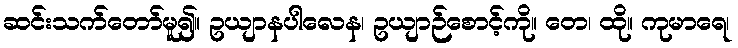
ဆင်းသက်တော်မူ၍။ ဥယျာနပါလေန၊ ဥယျာဉ်စောင့်ကို။ တေ၊ ထို။ ကုမာရေ၊